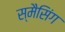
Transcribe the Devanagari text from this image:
स्मैसिंग